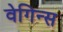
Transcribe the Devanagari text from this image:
वेगिन्स